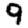
Digit: 9